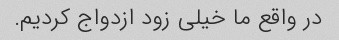
در واقع ما خیلی زود ازدواج کردیم.